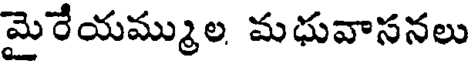
మైరేయమ్ముల మధువాసనలు